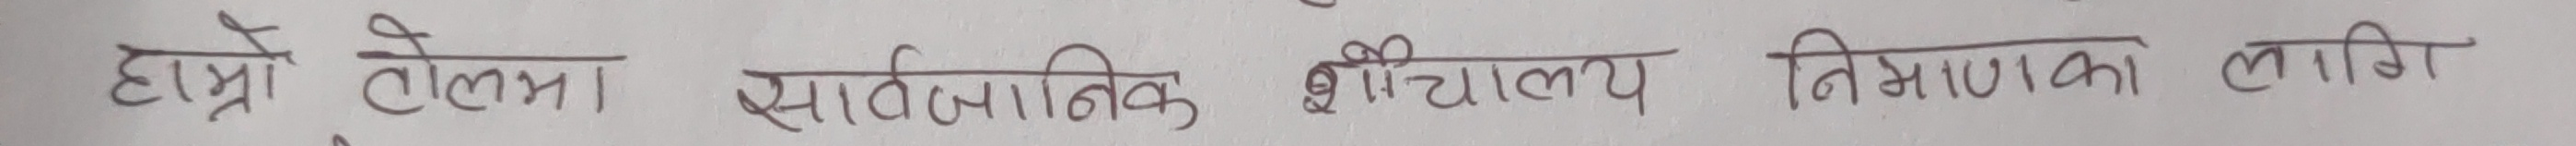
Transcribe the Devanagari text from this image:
हाम्रो टोलमा सार्वजनिक शौचालय निर्माणका लागि